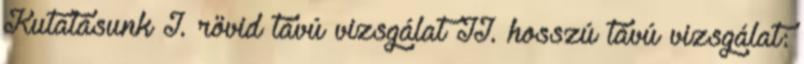
Kutatásunk I. rövid távú vizsgálat II. hosszú távú vizsgálat: